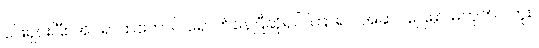
ဖြေရှင်းပြီး အိပ်ရာထဲတောင် ရောက်နေပြီဆိုရင် ကြာရင် အဆင်ပြေမှာ မဟုတ်ပါဘူး။